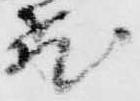
飛